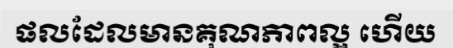
ផលដែលមានគុណភាពល្អ ហើយ